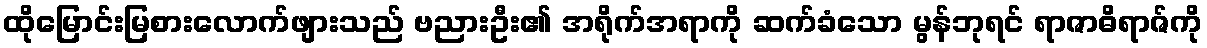
ထိုမြောင်းမြစားလောက်ဖျားသည် ဗညားဦး၏ အရိုက်အရာကို ဆက်ခံသော မွန်ဘုရင် ရာဇာဓိရာဇ်ကို